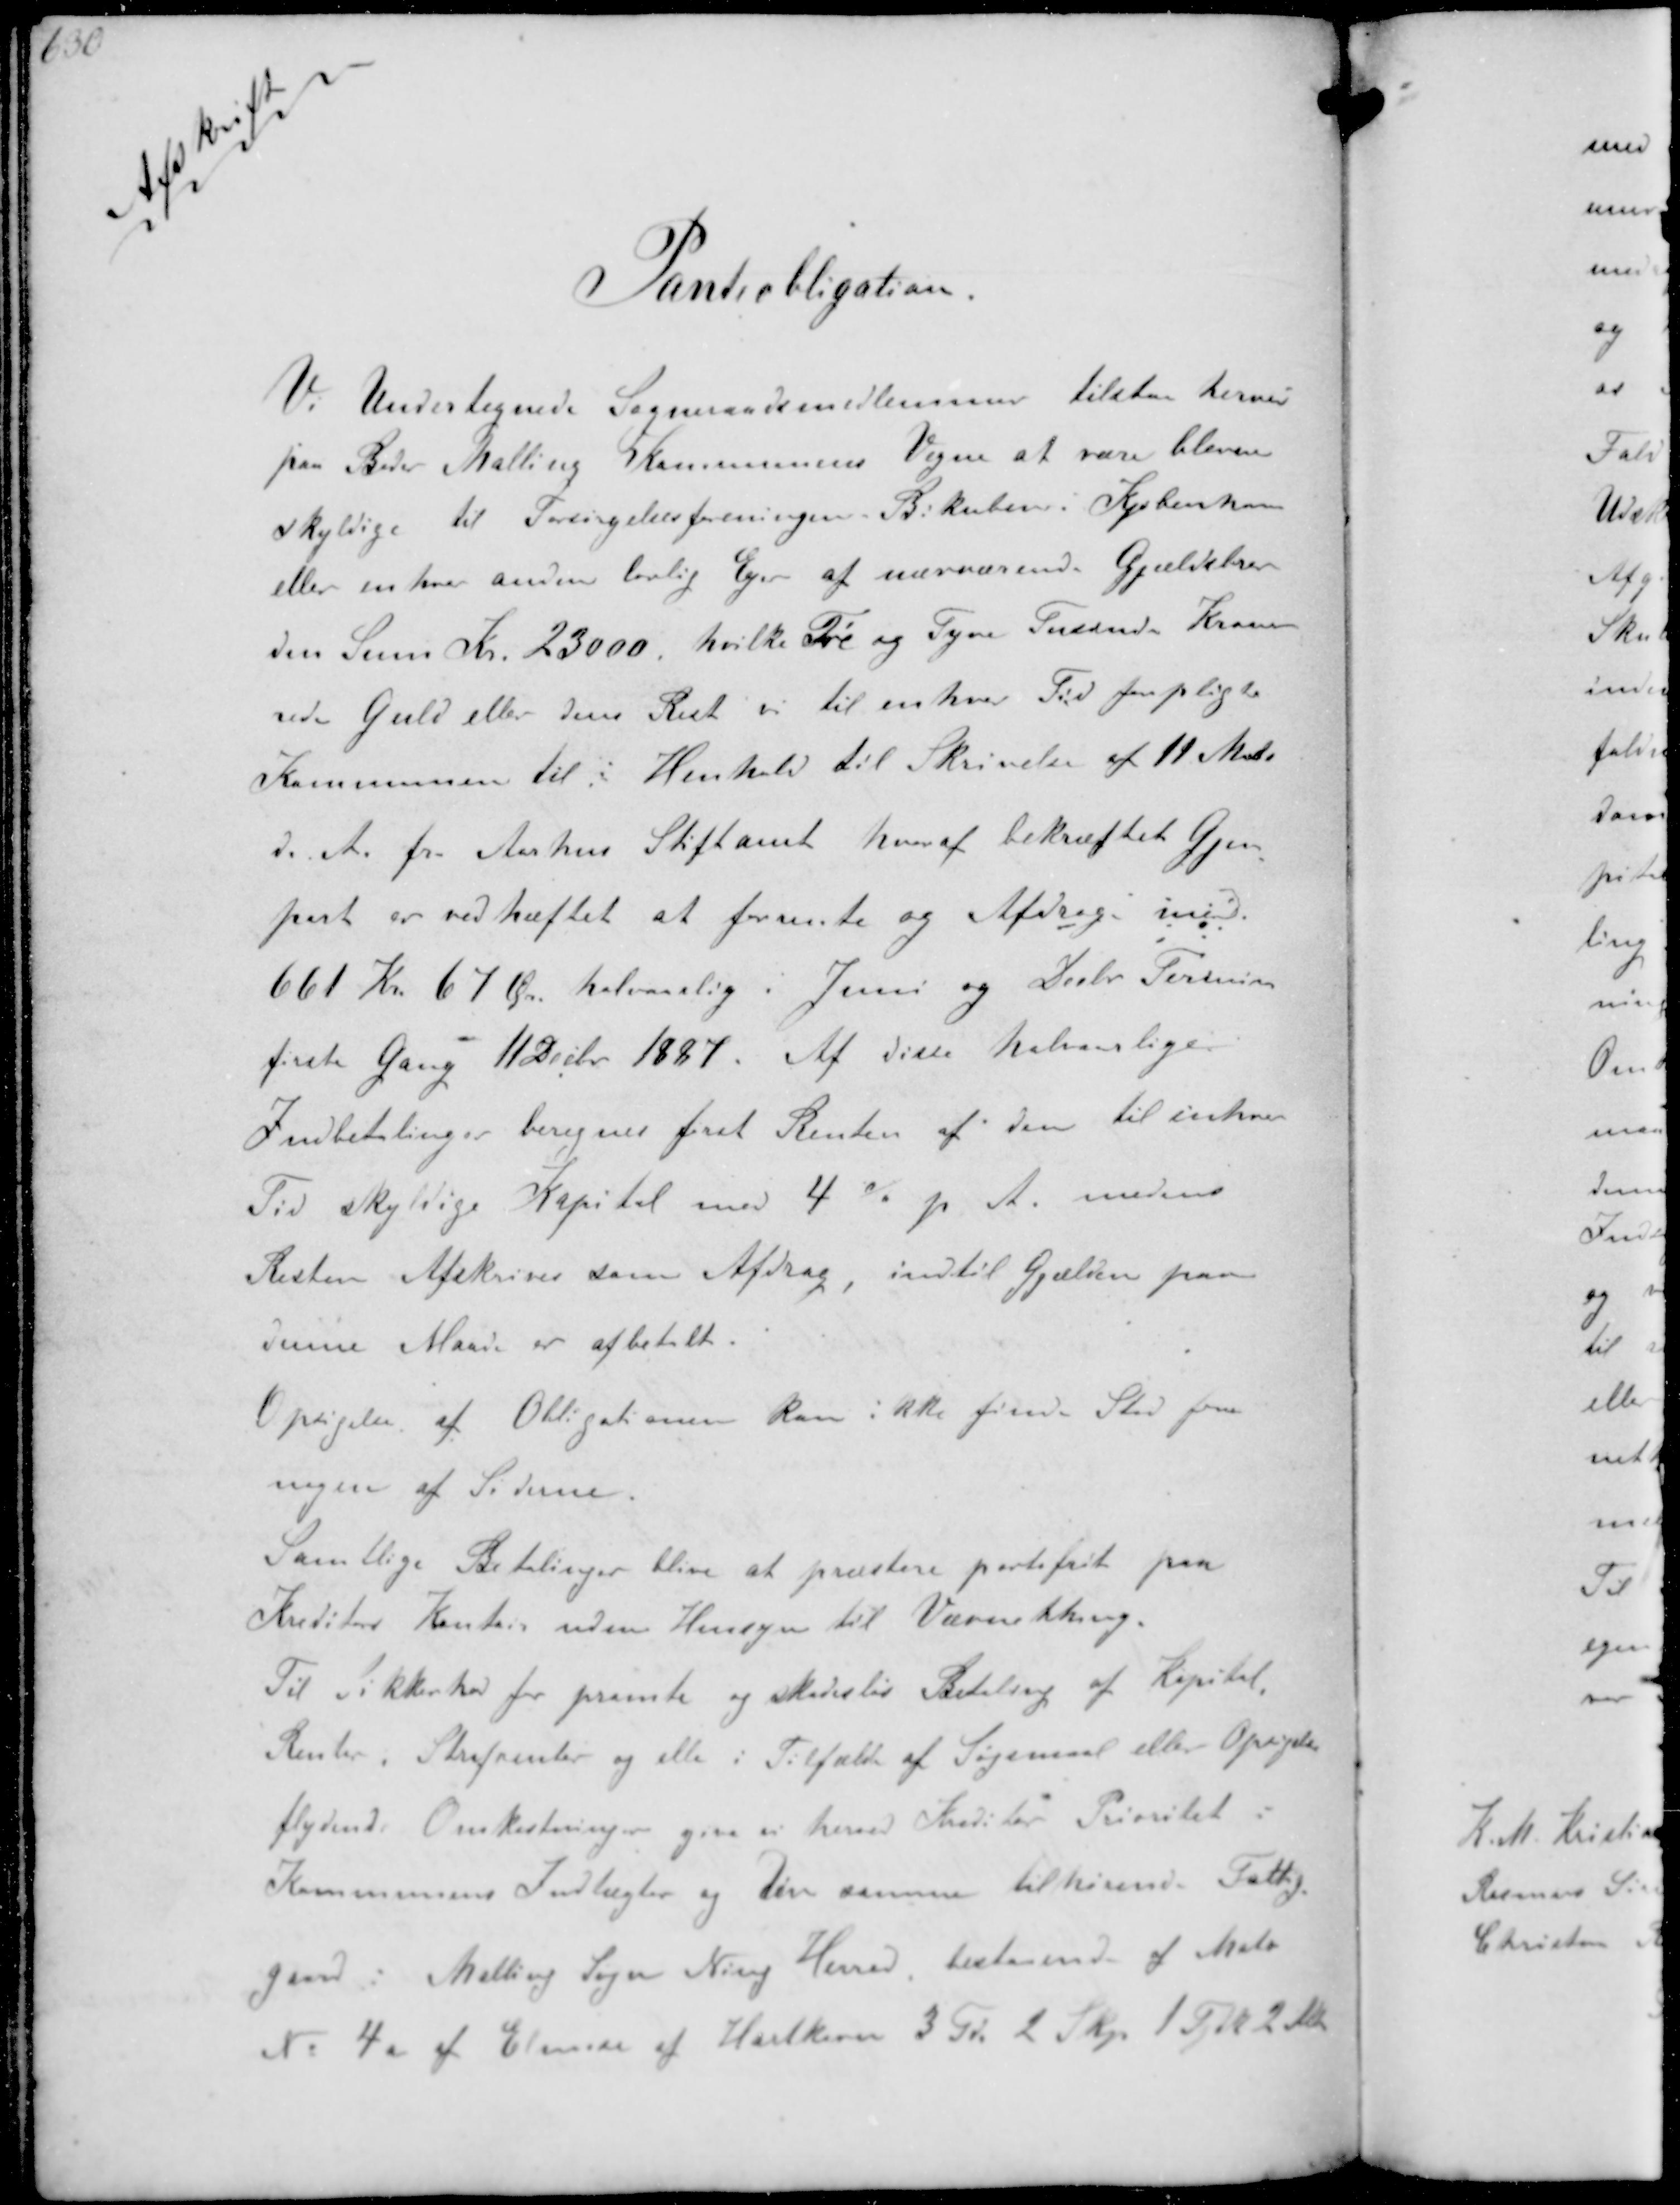
Transskription:
Afskrift

Panteobligation.

Vi Undertegnede Sogneraadsmedlemmer tilstaa herved
paa Beder Malling Kommunens Vegne at være bleven
skyldige til Forsørgelsesforeningen Bikuben i København
eller en hver anden lovlig Ejer af nærværende Gældsbrev
den Sum Kr 23000, hvilke Tre og Tyve Tusinde Kroner
rede Guld eller den Rest vi til enhver Tid forpligte
Kommunen til i Henhold til Skrivelse af 11 Marts
d. A. fra. Aarhus Stiftamt hvoraf bekræftet Gjen-
part er vedhæftet at forrente og Afdrag med
661 Kr. 67 Øre halvaarlig i Juni og Decbr. Termin
første Gang 11 Decbr 1887. Af disse halvaarlige
Indbetalinger beregnes først Renten af den til enhver
Tid skyldige Kapital med 4% p. A. medens
Resten Afskrives som Afdrag indtil gjælden paa
denne Maade er at betalt
Opsigelse af Obligationer kan ikke finde Sted fra
nogen af Siderne.
Samtlige Betalinger blive at præstere portofrit paa
Kreditor Kontor uden Hensyn til Værnething
Til Sikkerhed for promte og skadesløs Betaling af Kapital
Renter, Strafrenter og alle i Tilfælde af Søgsmaal eller Opsigelse
flydende Omkostninger give vi herved Kreditor Prioritet i
Kommunens Indtægter og den samme tilhørende Fattig-
gaard i Malling Sogn Ning Herred bestaaende af Matr.
No 4a af Elmose af Hartkorn 3 Td. 2 Skp 1 Fjk 2 Alb